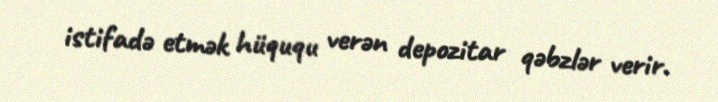
istifadə etmək hüququ verən depozitar qəbzlər verir.